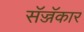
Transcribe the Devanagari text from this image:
सॅज्जॅकार